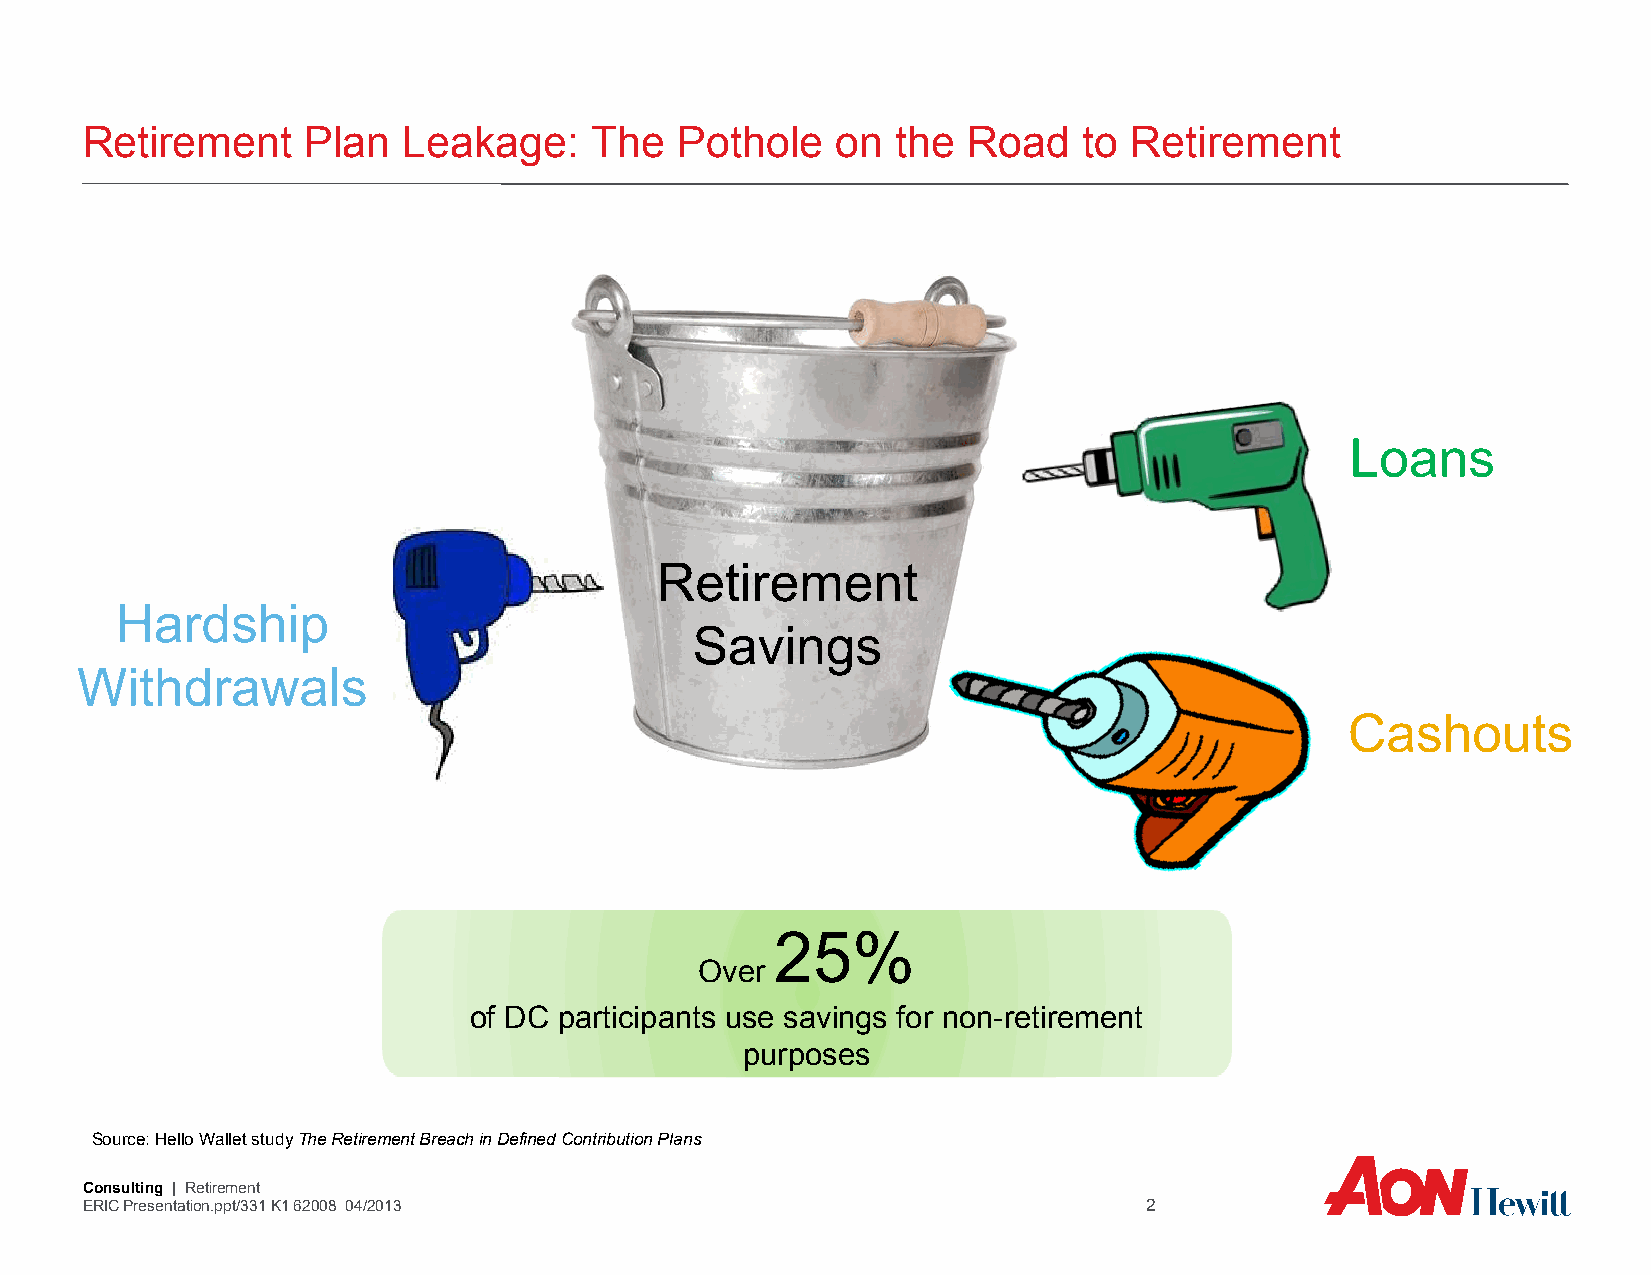
Retirement     Plan   Leakage:    The   Pothole   on  the  Road    to Retirement
 Loans
 Retirement
 Hardship
 Savings
 Withdrawals
 Cashouts
 25%
 Over
 of DC participants use savings for non-retirement
 purposes
 Source: Hello Wallet study The Retirement Breach in Defined Contribution Plans
 Consulting | Retirement
 ERIC Presentation.ppt/331 K1 62008 04/2013                             2